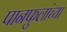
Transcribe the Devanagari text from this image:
पानफुलांच्या